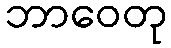
ဘာဝေတု